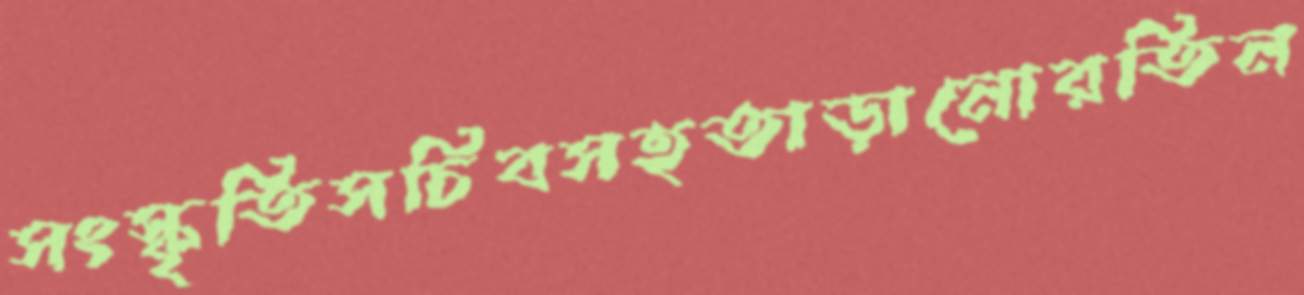
সংস্কৃতিসচিবসহতাড়ানোরতিন